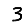
Digit: 3